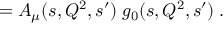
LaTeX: = A _ { \mu } ( s , Q ^ { 2 } , s ^ { \prime } ) \; g _ { 0 } ( s , Q ^ { 2 } , s ^ { \prime } ) \; .